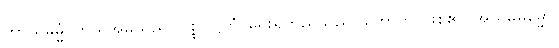
ကာယမမ္မံ၊ ကိုယ်အမှုသည်။ ပစ္စုပဋ္ဌိတံ၊ ရှေးရှုတည်သည်။ ဟောတိ၊ ဖြစ်၏။ အယမ္ပိဓမ္မော၊